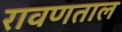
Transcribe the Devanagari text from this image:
रावणताल